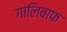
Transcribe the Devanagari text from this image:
गालिबाफ